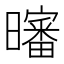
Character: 𰖸